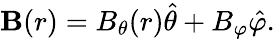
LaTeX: \mathbf{B}(r)=B_{\theta}(r)\hat{\theta}+B_{\varphi}\hat{\varphi}.